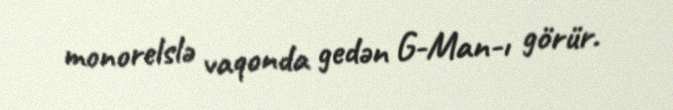
monorelslə vaqonda gedən G-Man-ı görür.